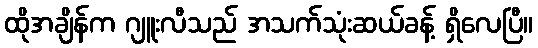
ထိုအချိန်က ဂျူးလီသည် အသက်သုံးဆယ်ခန့် ရှိလေပြီ။